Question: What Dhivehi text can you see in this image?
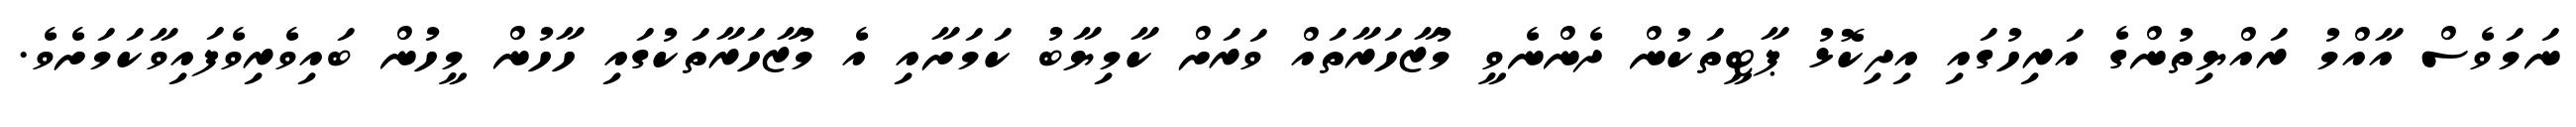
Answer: ނަމަވެސް އާއްމު ރައްޔިތުންގެ އަރިހުގައި އިދިކޮޅު ޕާޓީތަކުން ދެންނެވީ މުޒާހަރާތައް ވަރަށް ކާމިޔާބު ކަމަށާއި އެ މުޒާހަރާތަކުގައި ހާހުން މީހުން ބައިވެރިވެފައިވާކަމަށެވެ.